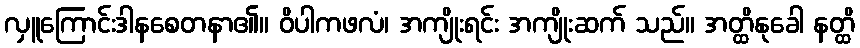
လှူကြောင်းဒါနစေတနာ၏။ ဝိပါကဖလံ၊ အကျိုးရင်း အကျိုးဆက် သည်။ အတ္ထိနုခေါ နတ္ထိ